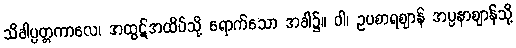
သိခါပ္ပတ္တကာလေ၊ အထွဋ်အထိပ်သို့ ရောက်သော အခါ၌။ ဝါ၊ ဥပစာရဈာန် အပ္ပနာဈာန်သို့